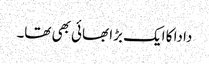
دادا کا ایک بڑا بھائی بھی تھا۔